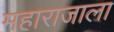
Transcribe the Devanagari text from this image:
महाराजाला